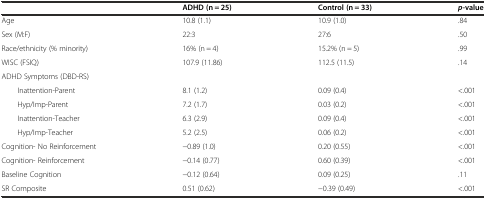
<table><thead><tr><td></td><td><b>ADHD (n = 25)</b></td><td><b>Control (n = 33)</b></td><td><b><i>p</i>-value</b></td></tr></thead><tbody><tr><td>Age</td><td>10.8 (1.1)</td><td>10.9 (1.0)</td><td>.84</td></tr><tr><td>Sex (M:F)</td><td>22:3</td><td>27:6</td><td>.50</td></tr><tr><td>Race/ethnicity (% minority)</td><td>16% (n = 4)</td><td>15.2% (n = 5)</td><td>.99</td></tr><tr><td>WISC (FSIQ)</td><td>107.9 (11.86)</td><td>112.5 (11.5)</td><td>.14</td></tr><tr><td>ADHD Symptoms (DBD-RS)</td><td></td><td></td><td></td></tr><tr><td>Inattention-Parent</td><td>8.1 (1.2)</td><td>0.09 (0.4)</td><td>&lt;.001</td></tr><tr><td>Hyp/Imp-Parent</td><td>7.2 (1.7)</td><td>0.03 (0.2)</td><td>&lt;.001</td></tr><tr><td>Inattention-Teacher</td><td>6.3 (2.9)</td><td>0.09 (0.4)</td><td>&lt;.001</td></tr><tr><td>Hyp/Imp-Teacher</td><td>5.2 (2.5)</td><td>0.06 (0.2)</td><td>&lt;.001</td></tr><tr><td>Cognition- No Reinforcement</td><td>−0.89 (1.0)</td><td>0.20 (0.55)</td><td>&lt;.001</td></tr><tr><td>Cognition- Reinforcement</td><td>−0.14 (0.77)</td><td>0.60 (0.39)</td><td>&lt;.001</td></tr><tr><td>Baseline Cognition</td><td>−0.12 (0.64)</td><td>0.09 (0.25)</td><td>.11</td></tr><tr><td>SR Composite</td><td>0.51 (0.62)</td><td>−0.39 (0.49)</td><td>&lt;.001</td></tr></tbody></table>